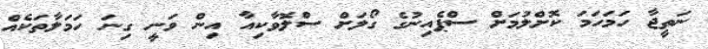
ނަތީޖާ ހަމަހަމަ ކޮށްލުމަށް ސްޕެއިނުގެ ގޯލަށް ސްލޮވާކިއާ އިން ވަނީ ގިނަ ހަމަލާތަކެއް